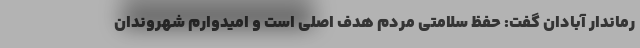
رماندار آبادان گفت: حفظ سلامتی مردم هدف اصلی است و امیدوارم شهروندان